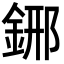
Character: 𨦹